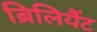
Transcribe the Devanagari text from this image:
ब्रिलियैंट